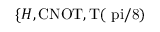
\{ H , \mathrm { { C N O T } , T ( \ p i / 8 ) }